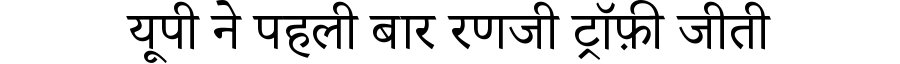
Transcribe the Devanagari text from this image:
यूपी ने पहली बार रणजी ट्रॉफ़ी जीती